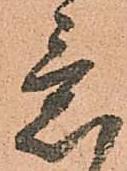
意